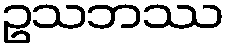
ဥသဘဿ